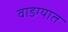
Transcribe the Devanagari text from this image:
वाडग्यात